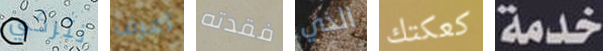
تتركي أعرف فقدته الذي كعكتك خدمة